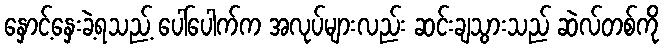
နှောင့်နှေးခဲ့ရသည့် ပေါ်ပေါက်က အလုပ်များလည်း ဆင်းချသွားသည် ဆဲလ်တစ်ကို